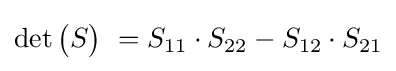
\det {\begin{pmatrix}S\end{pmatrix}}\ =S_{11}\cdot S_{22}-S_{12}\cdot S_{21}